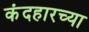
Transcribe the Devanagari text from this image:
कंदहारच्या